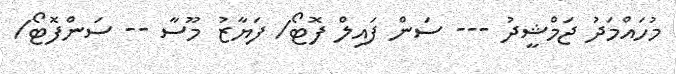
މުހައްމަދު ޖަމްޝީދު --- ސަން ފައިލް ފޮޓޯ/ ފަޔާޒު މޫސާ -- ސަންފޮޓޯ/